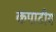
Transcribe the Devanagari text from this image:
कपाटीय